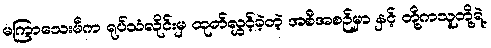
မကြာသေးမီက ရုပ်သံလိုင်းမှ ထုတ်လွှင့်ခဲ့တဲ့ အစီအစဉ်မှာ နှင့် တို့ကသူတို့ရဲ့